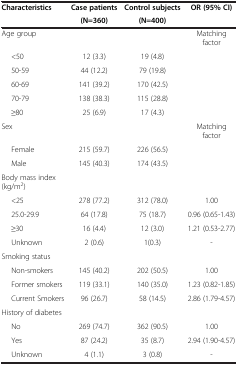
<table><thead><tr><td><b>Characteristics</b></td><td><b>Case patients</b></td><td><b>Control subjects</b></td><td><b>OR (95% CI)</b></td></tr><tr><td>[EMPTY_CELL]</td><td><b>(N=360)</b></td><td><b>(N=400)</b></td><td>[EMPTY_CELL]</td></tr></thead><tbody><tr><td>Age group</td><td>[EMPTY_CELL]</td><td>[EMPTY_CELL]</td><td>Matching factor</td></tr><tr><td>&lt;50</td><td>12 (3.3)</td><td>19 (4.8)</td><td>[EMPTY_CELL]</td></tr><tr><td>50-59</td><td>44 (12.2)</td><td>79 (19.8)</td><td>[EMPTY_CELL]</td></tr><tr><td>60-69</td><td>141 (39.2)</td><td>170 (42.5)</td><td>[EMPTY_CELL]</td></tr><tr><td>70-79</td><td>138 (38.3)</td><td>115 (28.8)</td><td>[EMPTY_CELL]</td></tr><tr><td>≥80</td><td>25 (6.9)</td><td>17 (4.3)</td><td>[EMPTY_CELL]</td></tr><tr><td>Sex</td><td>[EMPTY_CELL]</td><td>[EMPTY_CELL]</td><td>Matching factor</td></tr><tr><td>Female</td><td>215 (59.7)</td><td>226 (56.5)</td><td>[EMPTY_CELL]</td></tr><tr><td>Male</td><td>145 (40.3)</td><td>174 (43.5)</td><td>[EMPTY_CELL]</td></tr><tr><td>Body mass index (kg/m<sup>2</sup>)</td><td>[EMPTY_CELL]</td><td>[EMPTY_CELL]</td><td>[EMPTY_CELL]</td></tr><tr><td>&lt;25</td><td>278 (77.2)</td><td>312 (78.0)</td><td>1.00</td></tr><tr><td>25.0-29.9</td><td>64 (17.8)</td><td>75 (18.7)</td><td>0.96 (0.65-1.43)</td></tr><tr><td>≥30</td><td>16 (4.4)</td><td>12 (3.0)</td><td>1.21 (0.53-2.77)</td></tr><tr><td>Unknown</td><td>2 (0.6)</td><td>1(0.3)</td><td>-</td></tr><tr><td>Smoking status</td><td>[EMPTY_CELL]</td><td>[EMPTY_CELL]</td><td>[EMPTY_CELL]</td></tr><tr><td>Non-smokers</td><td>145 (40.2)</td><td>202 (50.5)</td><td>1.00</td></tr><tr><td>Former smokers</td><td>119 (33.1)</td><td>140 (35.0)</td><td>1.23 (0.82-1.85)</td></tr><tr><td>Current Smokers</td><td>96 (26.7)</td><td>58 (14.5)</td><td>2.86 (1.79-4.57)</td></tr><tr><td>History of diabetes</td><td>[EMPTY_CELL]</td><td>[EMPTY_CELL]</td><td>[EMPTY_CELL]</td></tr><tr><td>No</td><td>269 (74.7)</td><td>362 (90.5)</td><td>1.00</td></tr><tr><td>Yes</td><td>87 (24.2)</td><td>35 (8.7)</td><td>2.94 (1.90-4.57)</td></tr><tr><td>Unknown</td><td>4 (1.1)</td><td>3 (0.8)</td><td>-</td></tr></tbody></table>